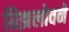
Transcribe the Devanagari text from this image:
ग्रिझलोवने